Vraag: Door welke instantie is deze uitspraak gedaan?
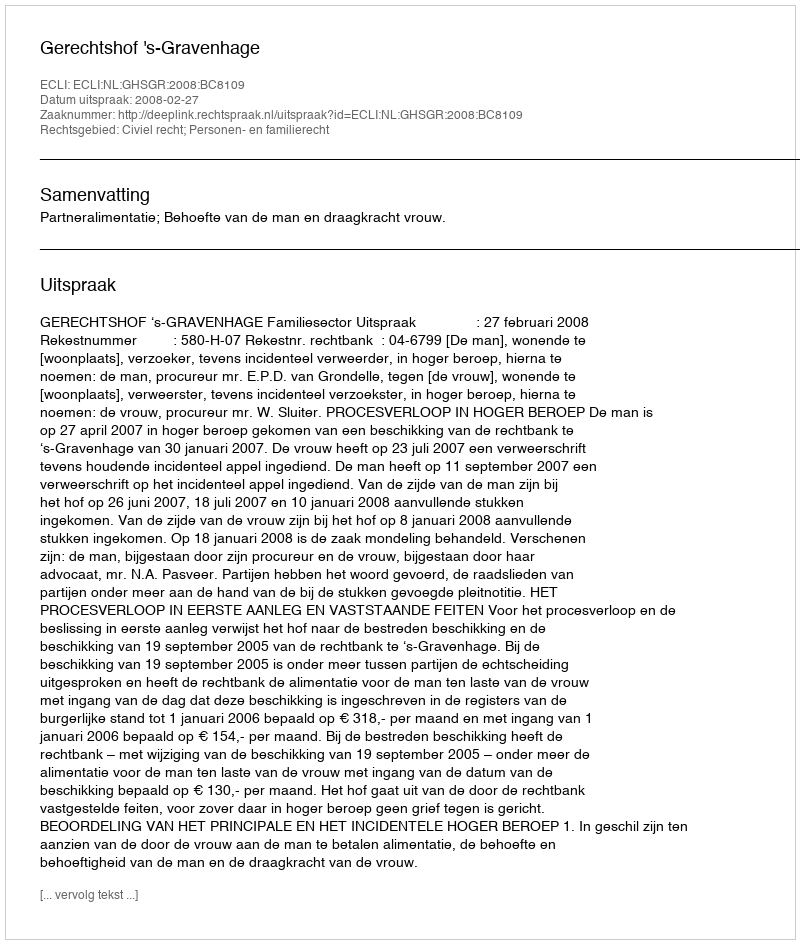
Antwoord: Gerechtshof 's-Gravenhage